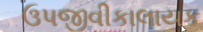
ઉપજીવીકાલાયક